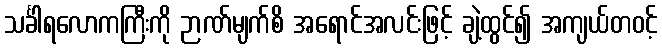
သင်္ခါရလောကကြီးကို ဉာဏ်မျက်စိ အရောင်အလင်းဖြင့် ချဲ့ထွင်၍ အကျယ်တဝင့်